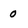
Character: o